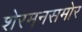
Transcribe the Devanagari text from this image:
शेरमनसमोर